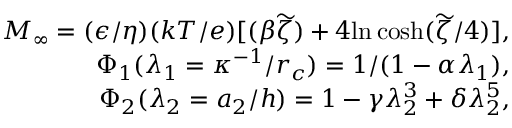
\begin{array} { r } { M _ { \infty } = ( \epsilon / \eta ) ( k T / e ) [ ( \beta \widetilde { \zeta } ) + 4 \mathrm { l n \, c o s h } ( \widetilde { \zeta } / 4 ) ] , } \\ { \Phi _ { 1 } ( \lambda _ { 1 } = \kappa ^ { - 1 } / r _ { c } ) = 1 / ( 1 - \alpha \lambda _ { 1 } ) , } \\ { \Phi _ { 2 } ( \lambda _ { 2 } = a _ { 2 } / h ) = 1 - \gamma \lambda _ { 2 } ^ { 3 } + \delta \lambda _ { 2 } ^ { 5 } , } \end{array}